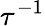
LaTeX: \tau^{-1}